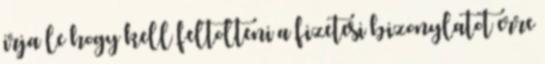
irja le hogy kell feltolteni a fizetesi bizonylatot erre